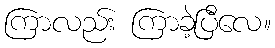
ကြာလည်း ကြာခဲ့ပြီလေ။